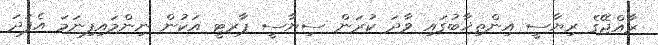
ރާއްޖޭގެ ރިޔާސީ އިންތިޚާބުގައި ވާދަ ކުރަން ސިޔާސީ ޕާރޓީ އަކުން ނިންމައިފިނަމަ އެފަދަ